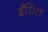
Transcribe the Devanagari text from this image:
ईंधित